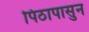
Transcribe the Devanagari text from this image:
पिठापासुन